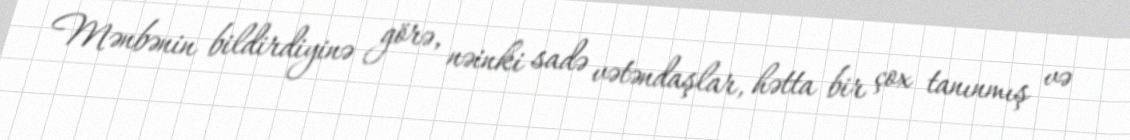
Mənbənin bildirdiyinə görə, nəinki sadə vətəndaşlar, hətta bir çox tanınmış və